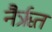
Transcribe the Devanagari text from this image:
नैर्ऋत